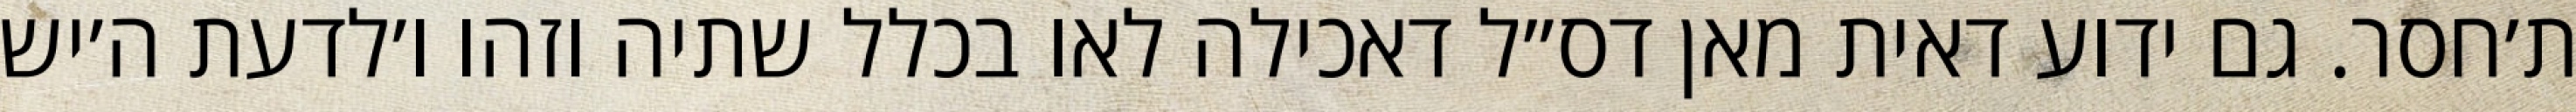
ת׳חסר. גם ידוע דאית מאן דס״ל דאכילה לאו בכלל שתיה וזהו ו׳לדעת ה׳יש